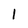
Character: l